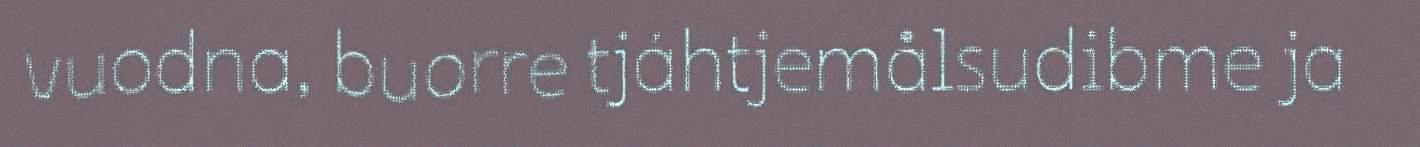
vuodna, buorre tjáhtjemålsudibme ja